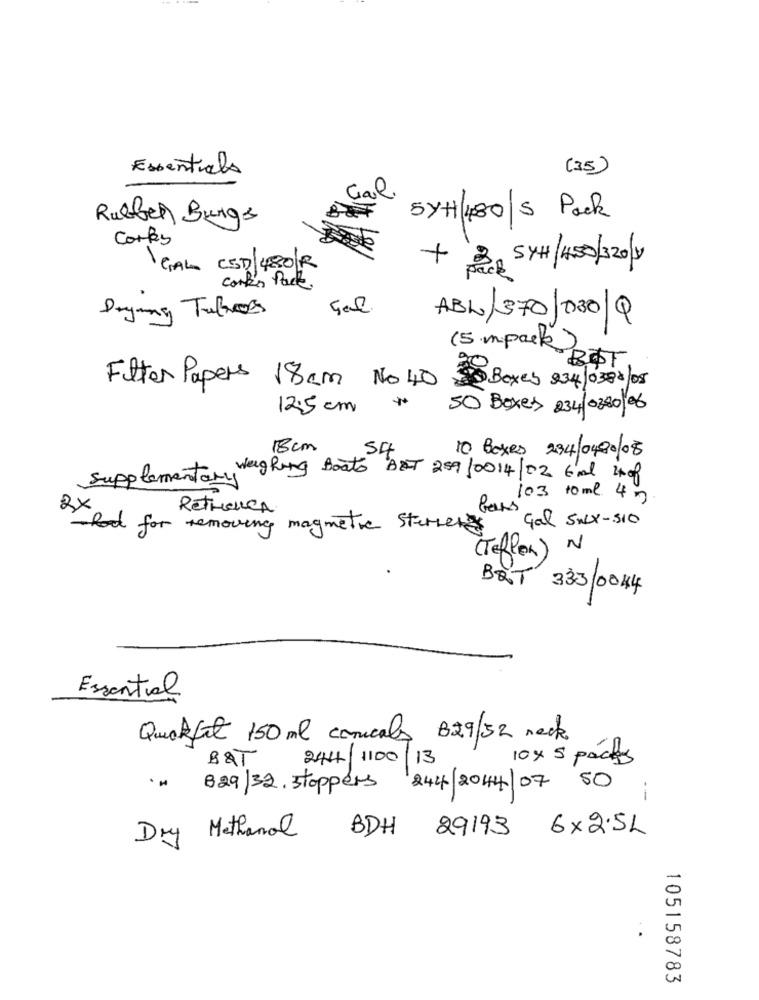
Essentials
(35)
Gail
Rubber Burgs
SYH 480/S Pack
Cores
GALL CSD 480R
+ 3, 5TH 4.50/320 y
conk's Pack .
Drymy Tubes
ABL/ 370/030/9
(5 m.pack)
BOT
Futter Papers 18cm No 40
33 Boxes 934/ 0388/08
12.5 cm
50 Boxes 234/0380/06
18cm
54
10 Boxes 234/0400/08
Supplementary weighing Boats BET 259/0014/02 6ml 40f
103 10ml 4 m
2X
RetHeCA
Rod for removing magnetic sterner
Gal Sulx-510
(Teflon) N
BQT 333/0044
Essential
Quakefit 150ml conicals B29/32 neck
BQT
244/ 1100/13
10 x 5 packs
829/32. stoppers 244/204/07 50
i
BDH
29193 6×2.5L
Methanol
Dry
105158783